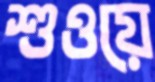
শুওয়ে